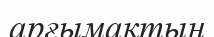
арғымақтың